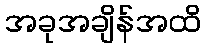
အခုအချိန်အထိ